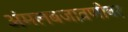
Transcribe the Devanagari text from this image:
अंमलबजावणीवर